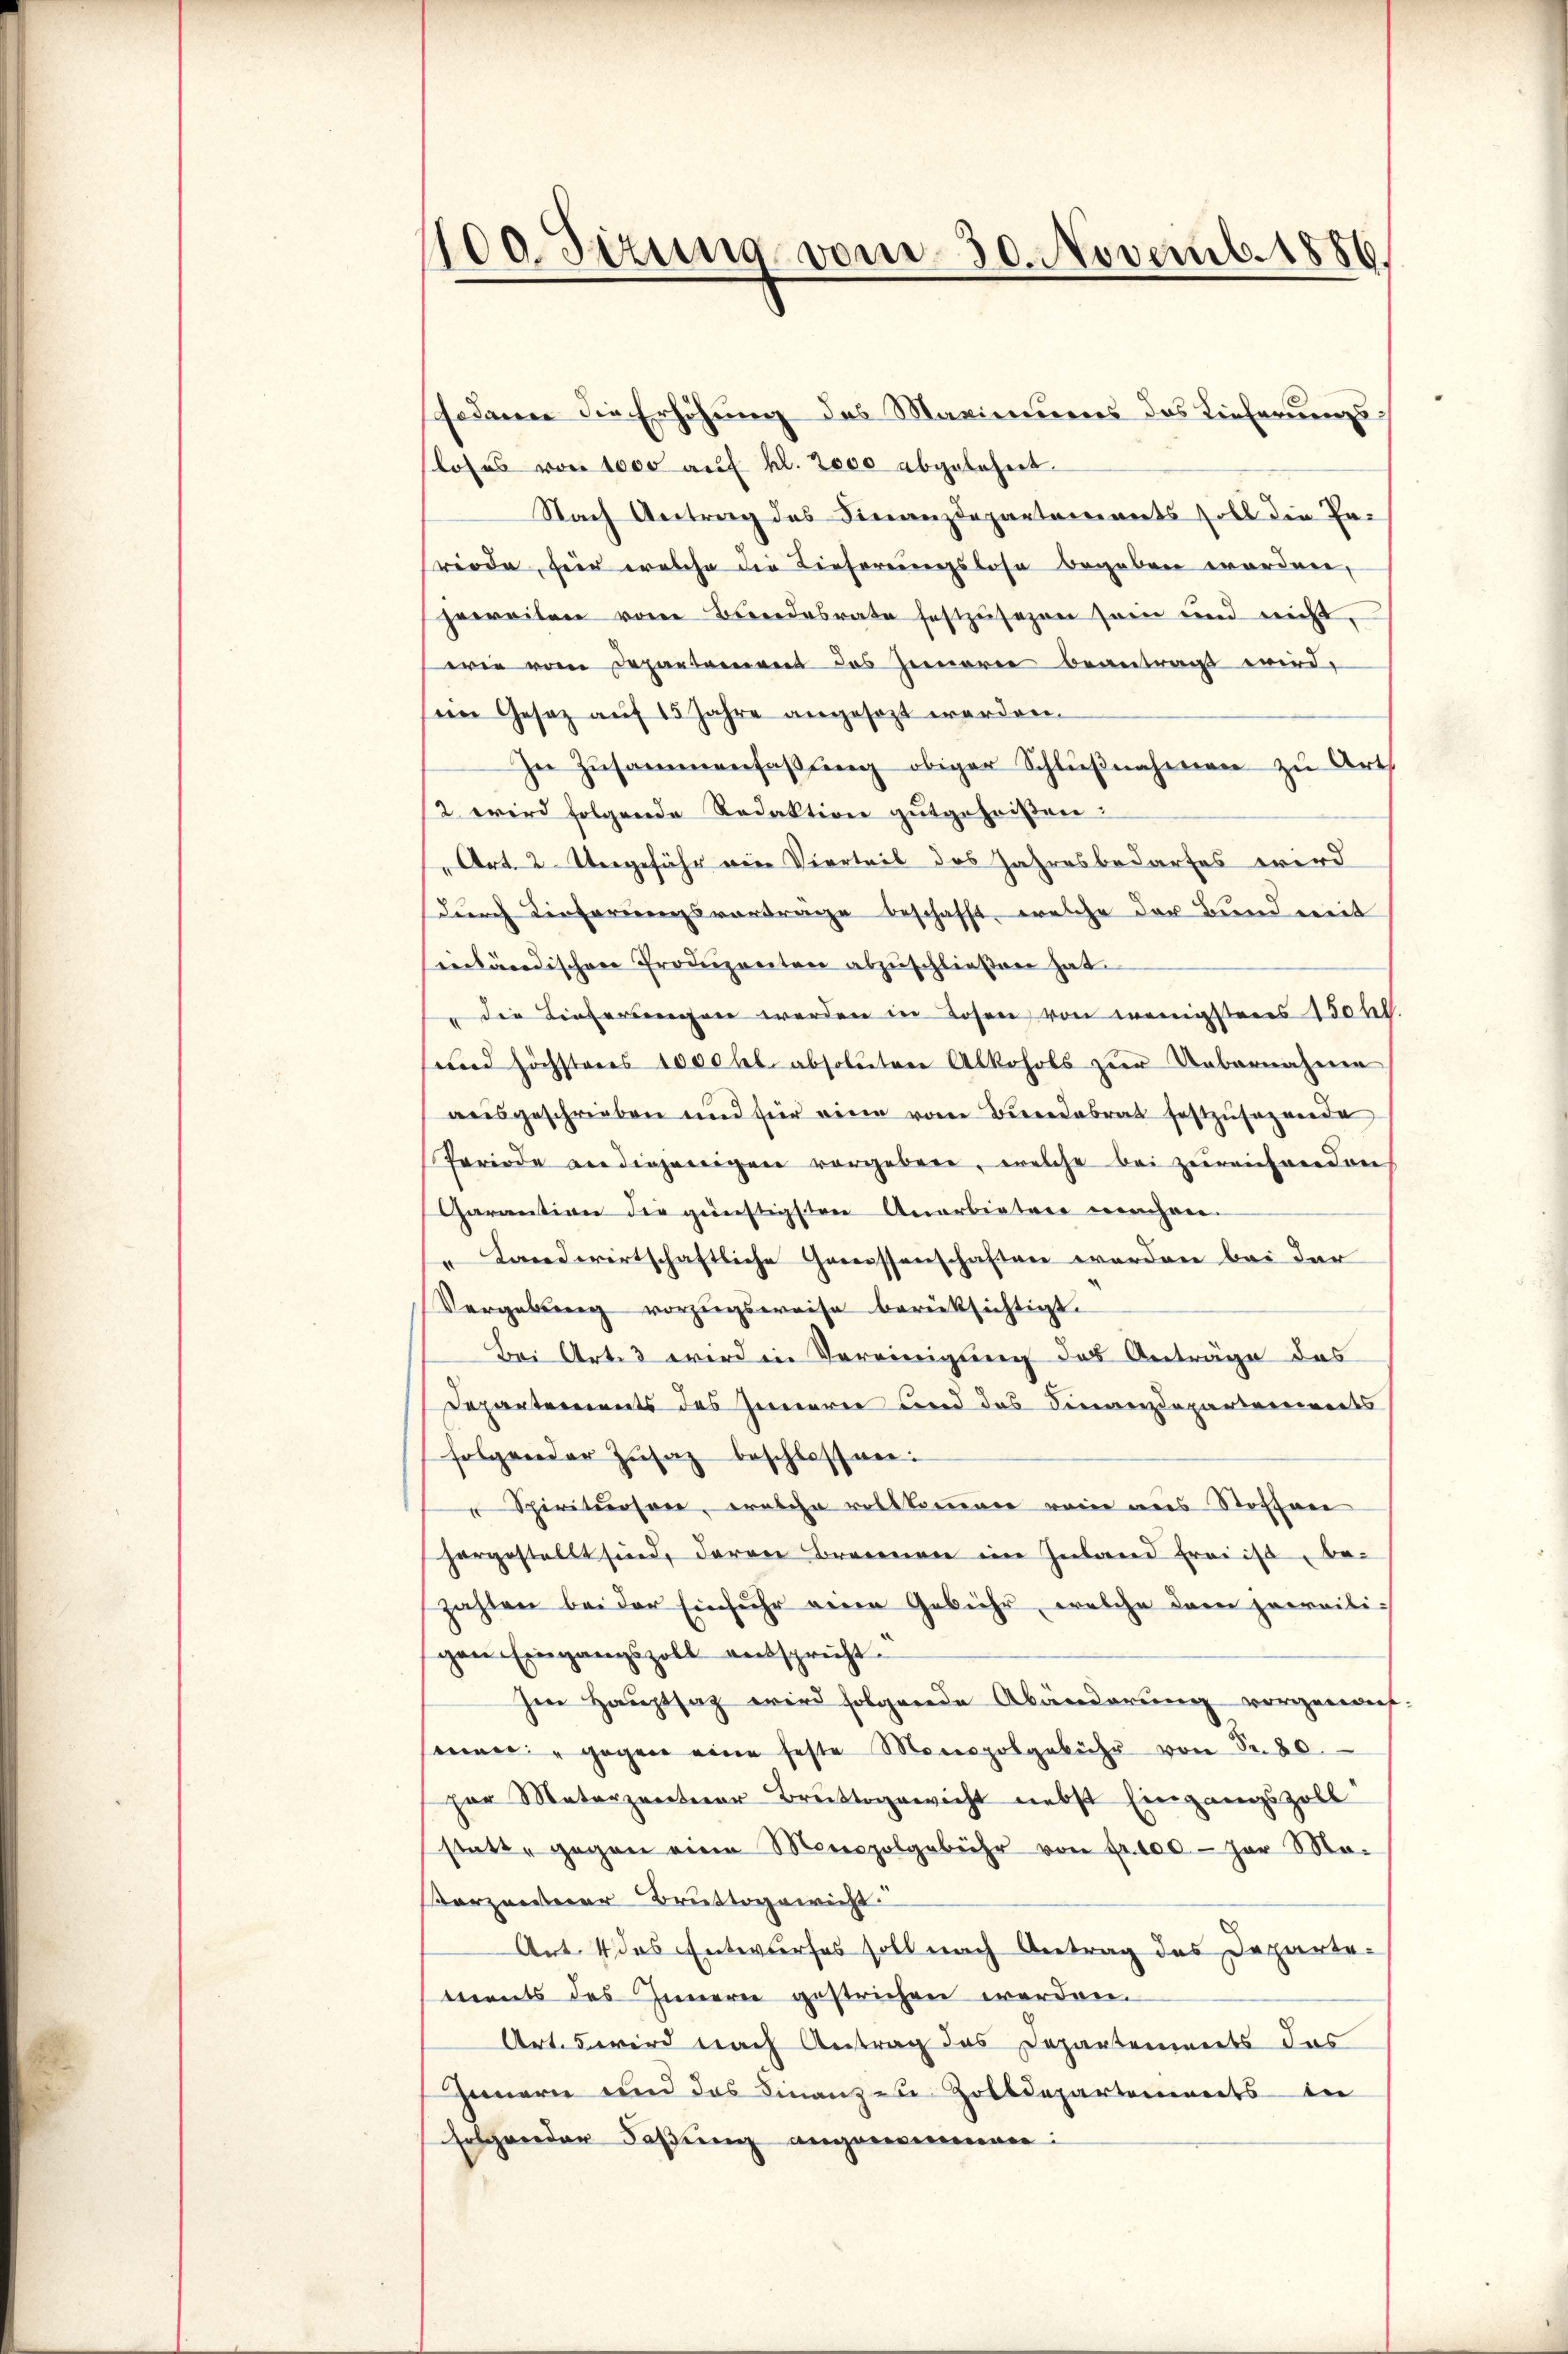
100. Fizung vom 30. Novemb. 1886.

sodann die Erhöhung des Maximums das Lieferungsloses von 1000 auf hl. 2000 abgelehnt.
Nach Antrag des Finanzdepartements soll die Fa-
riode, für welche die Lieferungslose begeben worden,
jeweilen vom Bundesrate festzusehen sein und nicht,
wie vom Departement des Zemorie beantragt wird,
sein Gesez aŭf 15 Jahre angesezt werden.
In Zusammenfassung obiger Schlŭβnahmen zu Art
/2 wird folgende Redaktion gutgeheißen.
Art. 2. Vergefähr ein Vierteil des Jahresbedarfes wird
durch Tieferungsvortrage beschafft, welche der Bund weit
inländischen Produzenten abzŭschlieβen hat.
" die Lieferungen werden in Losen von wenigstens 10 hl.
und höchsteres 1000 fl. absoluten Alkohols zŭr Uebernahme
aŭsgeschrieben und für eine vom Bundesrat festzŭsezende
Periode an diejenigen vorgeben, welche bei zureichenden
Garantion die günstigsten Anerbietere weichen-
" Landwirtschaftliche Genossenschaften werden bei der
Vergebung vorzugsweise berücksichtigt.
Bei Art. 3 wird in Vereinigung des Anträge des
Departements des Inneren und das Finanzdepartenwerts
folgender Zŭsaz beschlossene
Spiritusen, welche vollkommen rein aus Stoffen
hergestellt sind, deren Brennen im Inland frais, bezahlen bei der Einfuhr eine Gebühr, welche dem jeweiligen Eingangszoll entspricht.
Im Hauptsaz wird folgende Abänderung vorgenauf-
seiner " gegen eine feste Monopolgebühr von Fr. 80
zar Materzenterer Bruttogewicht nebst Eingangszoll
statt gegen eine Monopolgebühr von fr. 100.- par Mo-
Verzenterer Bruttogewicht
Art. 4 das Entwurfes soll nach Antrag des Departe-
ments des Innern gestrichen werden.
Art. 5 wird nach Antrag das Departements das
Innern und das Finanzen Zolldepartonierts in
folgender Faßung angenommen